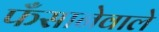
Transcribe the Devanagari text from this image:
फँसानेवाले